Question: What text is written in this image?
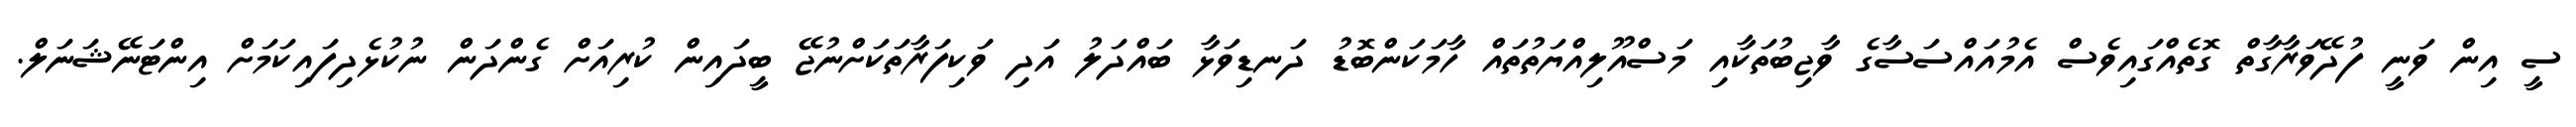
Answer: ސީ އިން ވަނީ ފުދޭވަރާގާތް ގޮތެއްގައިވެސް އެމުއައްސަސާގެ ވާޖިބުތަކާއި މަސްއޫލިއްޔަތުތައް ހާމަކަންބޮޑު ދަނޑިވަޅާ ބައްދަލު އަދި ވަކިފަރާތަކަށްނުޖޭ ބީދައިން ކުރިއަށް ގެންދަން ނުކުޅެދިފައިކަމަށް އިންޓަނޭޝަނަލް.